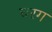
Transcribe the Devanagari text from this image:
चरग